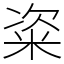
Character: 粢